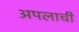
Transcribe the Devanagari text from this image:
अपलाची